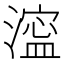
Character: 𣾈